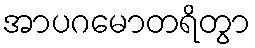
အာပဂမောတရိတွာ